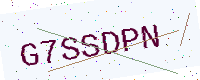
Text: G7SSDPN